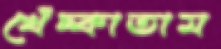
খেঁচ্‌কাতাম